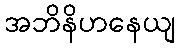
အဘိနိဟနေယျ